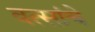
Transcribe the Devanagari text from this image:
वत्सांचे